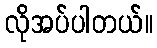
လိုအပ်ပါတယ်။